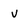
Character: v